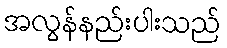
အလွန်နည်းပါးသည်